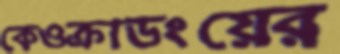
কেওক্রাডংয়ের